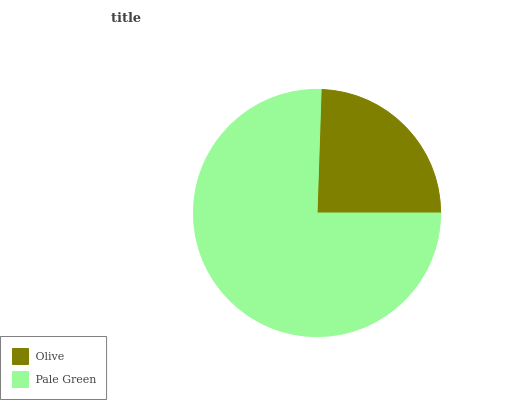
| Olive | Pale Green |
 | --- | --- |
 | 24.5% | 75.5% |